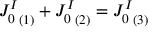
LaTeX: { J _ { 0 } ^ { I } } _ { ( 1 ) } + { J _ { 0 } ^ { I } } _ { ( 2 ) } = { J _ { 0 } ^ { I } } _ { ( 3 ) }